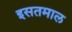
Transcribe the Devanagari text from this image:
इसतमाल